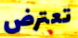
تعترض